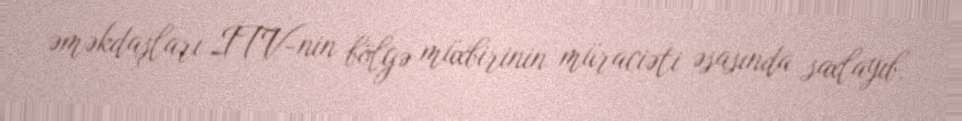
əməkdaşları İTV-nin bölgə müxbirinin müraciəti əsasında saxlayıb.